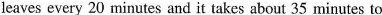
leaves every 20 minutes and it takes about 35 minutes to